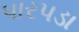
પારપડા